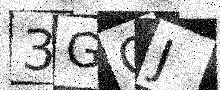
Text: 3GOJ